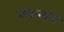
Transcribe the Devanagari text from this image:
नंगानाच